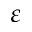
\varepsilon